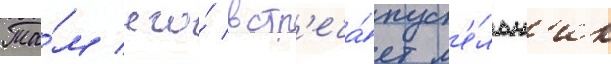
Та́м его́ встр'еча́ет м'е́льн'ик